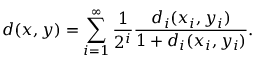
d ( x , y ) = \sum _ { i = 1 } ^ { \infty } { \frac { 1 } { 2 ^ { i } } } { \frac { d _ { i } ( x _ { i } , y _ { i } ) } { 1 + d _ { i } ( x _ { i } , y _ { i } ) } } .